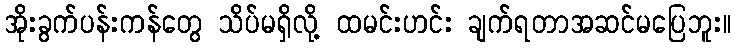
အိုးခွက်ပန်းကန်တွေ သိပ်မရှိလို့ ထမင်းဟင်း ချက်ရတာအဆင်မပြေဘူး။